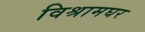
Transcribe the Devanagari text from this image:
विश्रामघर